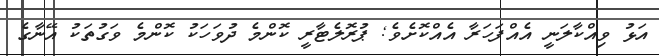
އަޅު ވިއްކާލަނީ އެއްފަހަރާ އެއްކޮށެވެ; ޕުރޮލެޓާރީ ކޮންމެ ދުވަހަކު ކޮންމެ ވަގުތަކު އޭނާގެ